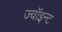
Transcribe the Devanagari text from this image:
ज्वॉइन्ट